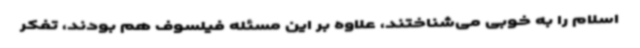
اسلام را به خوبی می‌شناختند، علاوه بر این مسئله فیلسوف هم بودند، تفکر